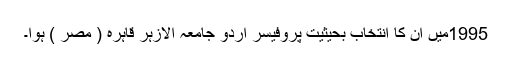
1995میں ان کا انتخاب بحیثیت پروفیسر اردو جامعہ الازہر قاہرہ ( مصر ) ہوا۔